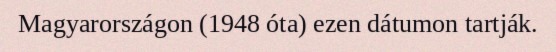
Magyarországon (1948 óta) ezen dátumon tartják.